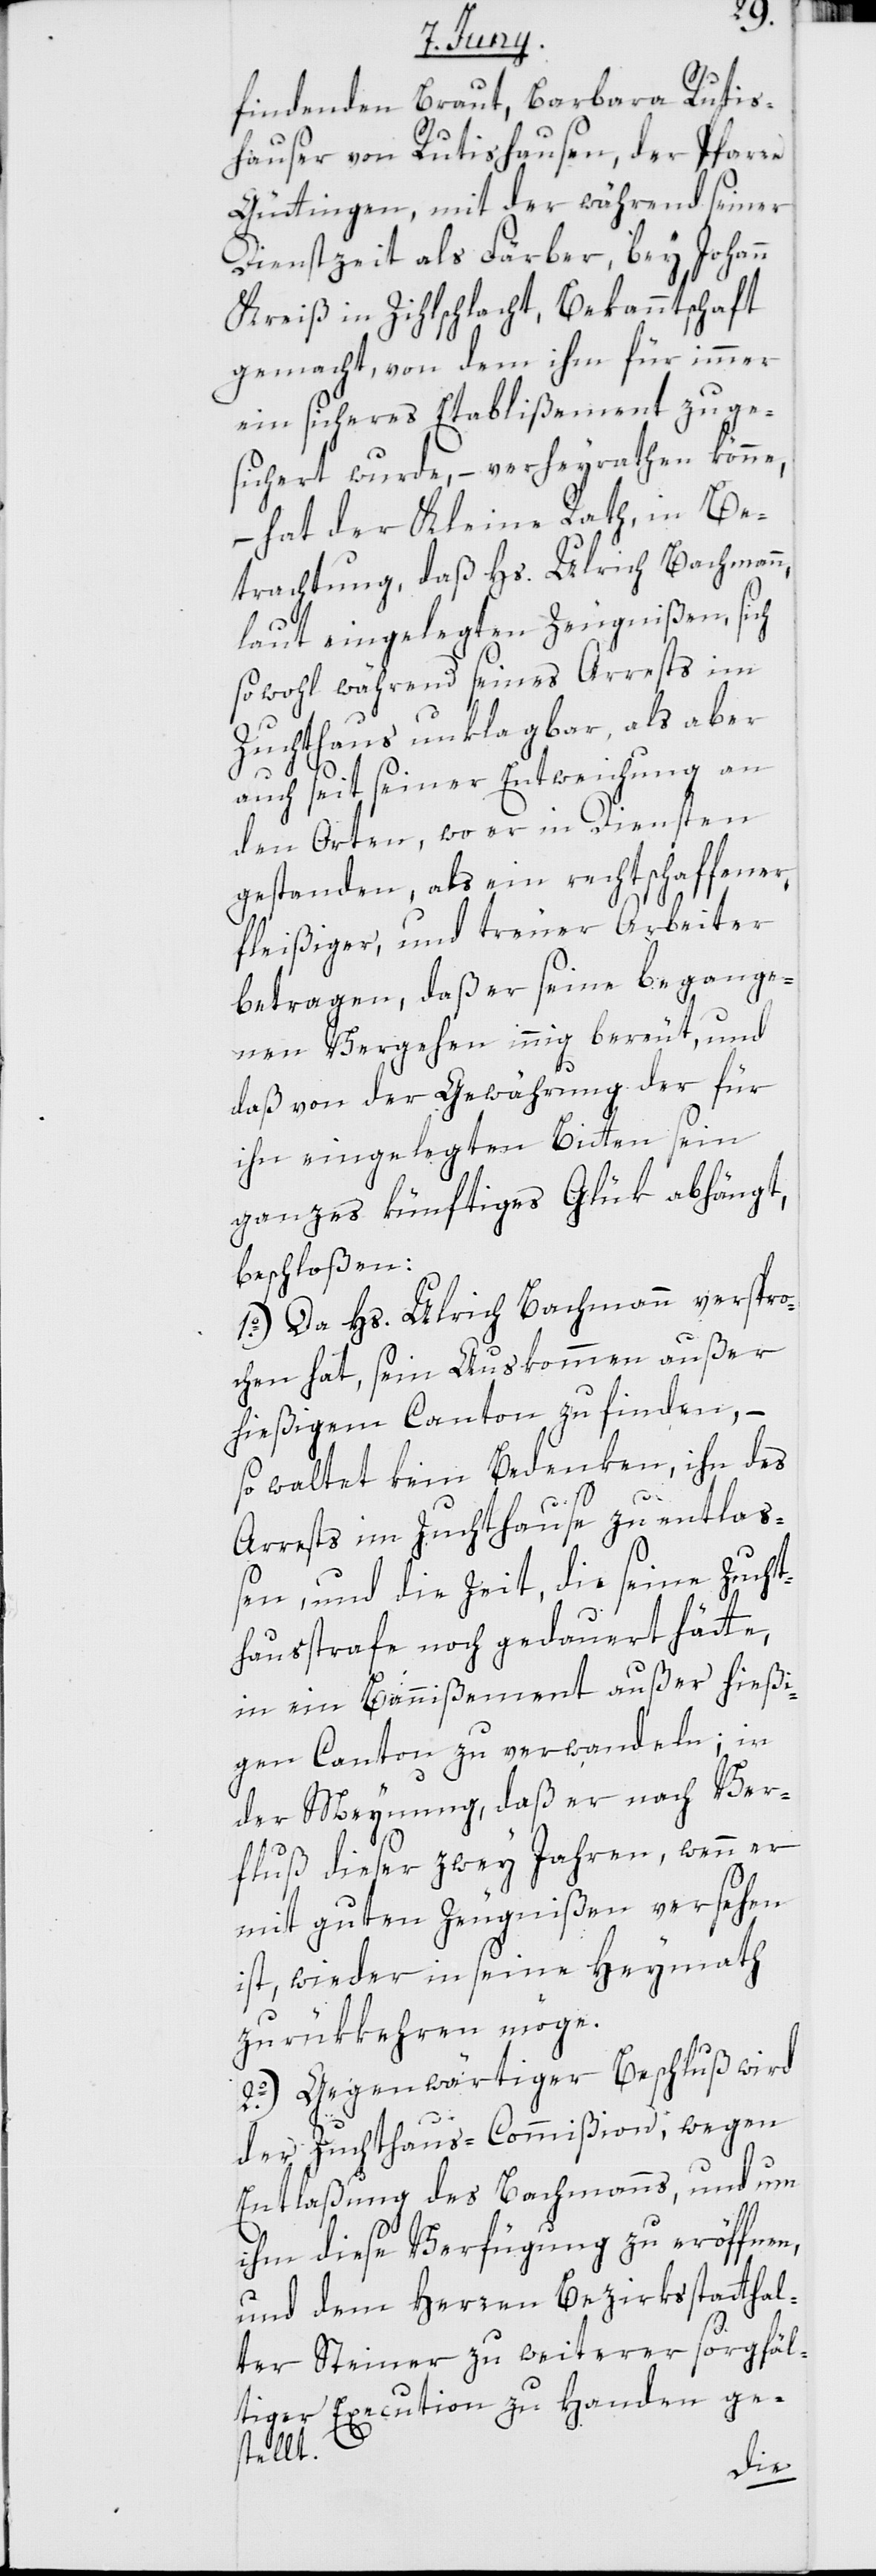
findenden Braut, Barbara Rutis¬
hauser von Rutishausen, der Pfarre
Güttingen, mit der während seiner
Dienstzeit als Färber, bey Johann
Kreiß in Zihlschlacht, Bekanntschaft
gemacht, von dem ihm für immer
ein sicheres Etablißement zuge¬
sichert wurde, – verheyrathen könne,
– hat der Kleine Rath, in Be¬
trachtung, daß Hs. Ulrich Bachmann
laut eingelegten Zeugnißen, sich
sowohl während seines Arrests im
Zuchthaus unklagbar, als aber
auch seit seiner Entweichung an
den Orten, wo er in Diensten
gestanden, als ein rechtschaffener,
fleißiger und treuer Arbeiter
betragen, daß er seine begange¬
nen Vergehen innig bereut, und
daß von der Gewährung der für
ihn eingelegten Bitten sein
ganzes künftiges Glük abhängt,
beschloßen:
1o.) Da Hs. Ulrich Bachmann verspro¬
chen hat, sein Auskommen außer
hießigem Canton zu finden, –
so waltet kein Bedenken, ihn des
Arrests im Zuchthause zu entlaß¬
en, und die Zeit, die seine Zucht¬
hausstrafe noch gedauert hätte,
in ein Bannißement außer hießi¬
gen Canton zu verwandeln; in
der Meynung, daß er nach Ver¬
fluß dieser zwey Jahren, wenn er
mit guten Zeugnißen versehen
ist, wieder in seine Heymath
zurükkehren möge.
2o.) Gegenwärtiger Beschluß wird
der Zuchthaus-Commißion; wegen
Entlaßung des Bachmanns, und um
ihm diese Verfügung zu eröffnen,
und dem Herren Bezirksstatthal¬
ter Steiner zu weiterer sorgfäl¬
tiger Execution zu Handen ge¬
stellt.